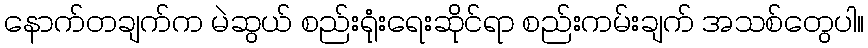
နောက်တချက်က မဲဆွယ် စည်းရုံးရေးဆိုင်ရာ စည်းကမ်းချက် အသစ်တွေပါ။